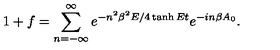
1 + f = \sum _ { n = - \infty } ^ { \infty } e ^ { - n ^ { 2 } \beta ^ { 2 } E / 4 \tanh E t } e ^ { - i n \beta A _ { 0 } } .